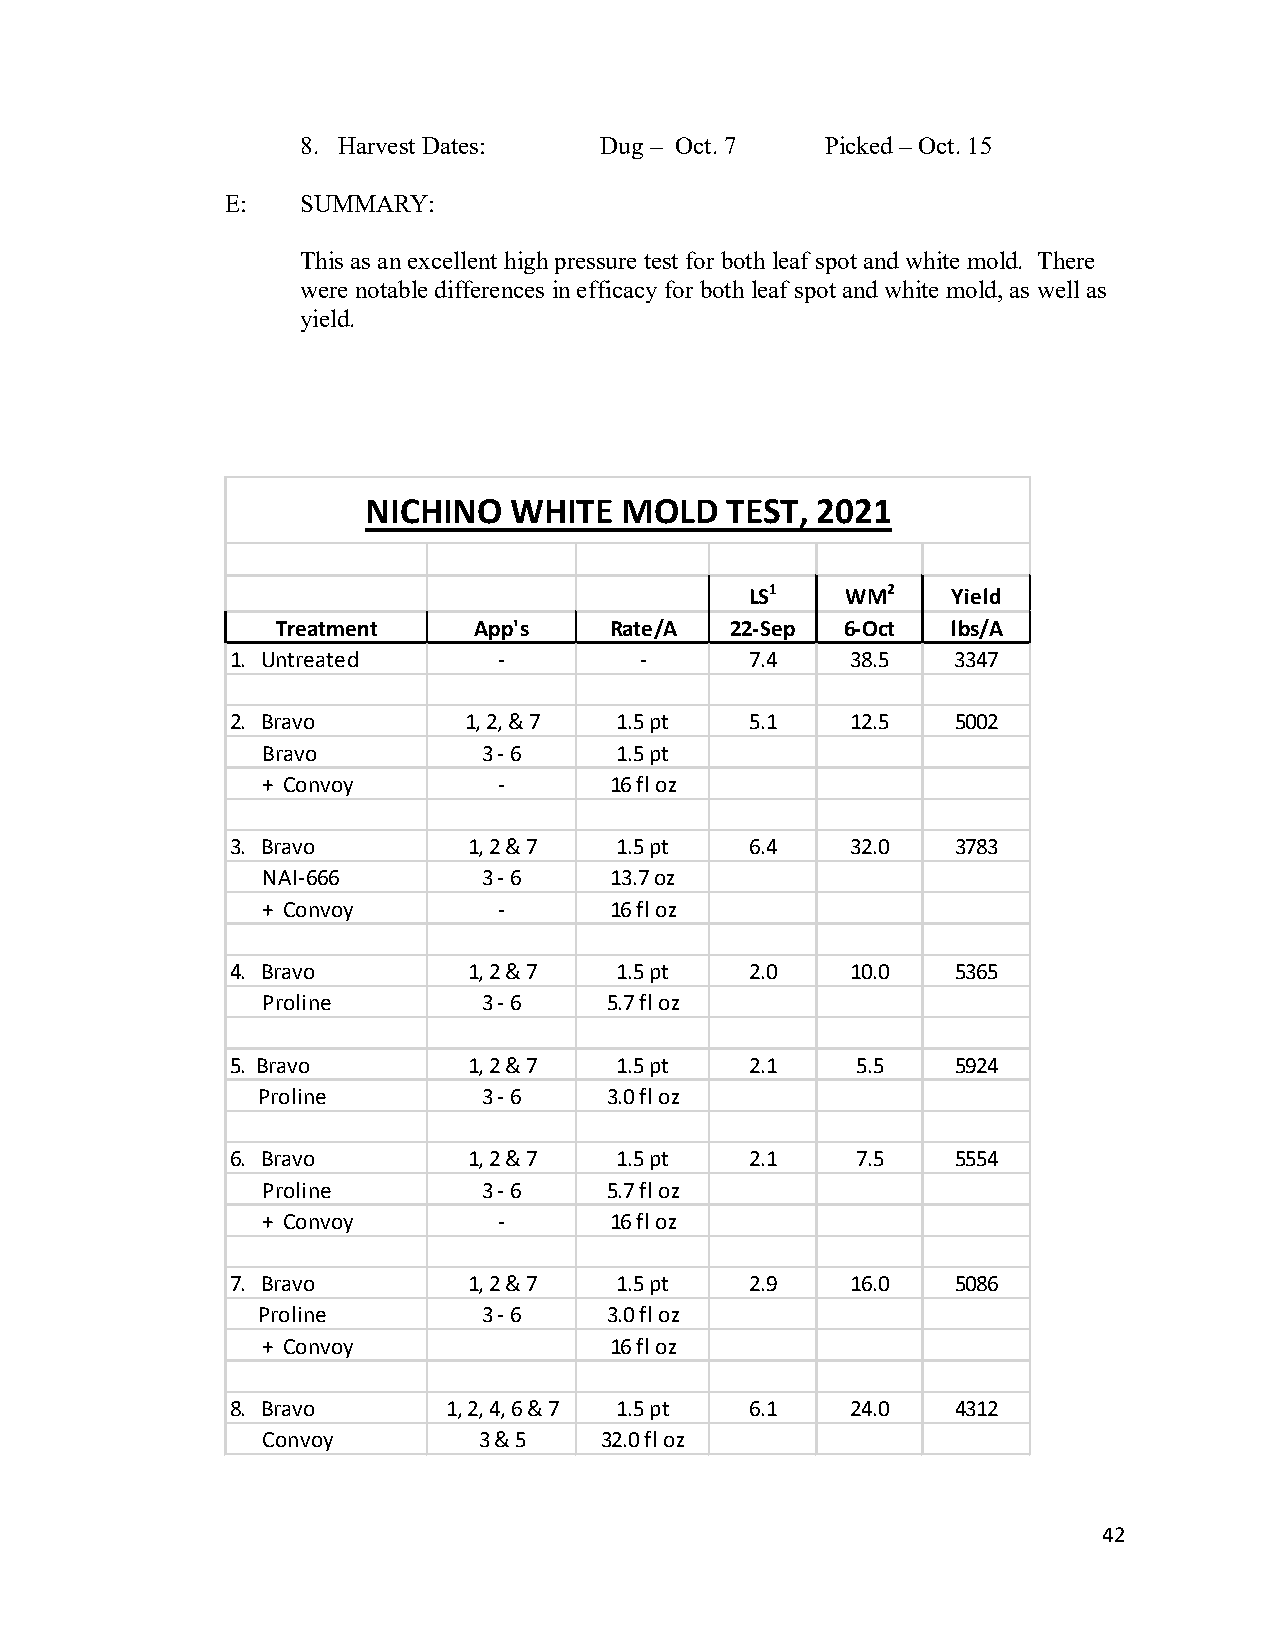
8. Harvest Dates:   Dug – Oct. 7   Picked – Oct. 15
 E:   SUMMARY:
 This as an excellent high pressure test for both leaf spot and white mold. There
 were notable differences in efficacy for both leaf spot and white mold, as well as
 yield.
 NICHINO   WHITE  MOLD   TEST, 2021
 LS1   WM2    Yield
 Treatment    App's    Rate/A  22-Sep  6-Oct  lbs/A
 1. Untreated      -        -       7.4   38.5   3347
 2. Bravo        1, 2, & 7 1.5 pt   5.1   12.5   5002
 Bravo          3 - 6    1.5 pt
 + Convoy        -      16 fl oz
 3. Bravo        1, 2 & 7  1.5 pt   6.4   32.0   3783
 NAI-666        3 - 6   13.7 oz
 + Convoy        -      16 fl oz
 4. Bravo        1, 2 & 7  1.5 pt   2.0   10.0   5365
 Proline        3 - 6   5.7 fl oz
 5. Bravo        1, 2 & 7  1.5 pt   2.1    5.5   5924
 Proline        3 - 6   3.0 fl oz
 6. Bravo        1, 2 & 7  1.5 pt   2.1    7.5   5554
 Proline        3 - 6   5.7 fl oz
 + Convoy        -      16 fl oz
 7. Bravo        1, 2 & 7  1.5 pt   2.9   16.0   5086
 Proline        3 - 6   3.0 fl oz
 + Convoy               16 fl oz
 8. Bravo       1, 2, 4, 6 & 7 1.5 pt 6.1 24.0   4312
 Convoy         3 & 5   32.0 fl oz
 42